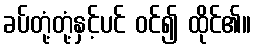
ခပ်တုံ့တုံ့နှင့်ပင် ဝင်၍ ထိုင်၏။